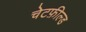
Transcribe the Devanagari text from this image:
चेटफ़ील्ड